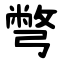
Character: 彆